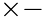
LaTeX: \times-